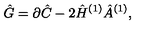
\hat { G } = \partial \hat { C } - 2 \hat { H } ^ { ( 1 ) } \hat { A } ^ { ( 1 ) } ,